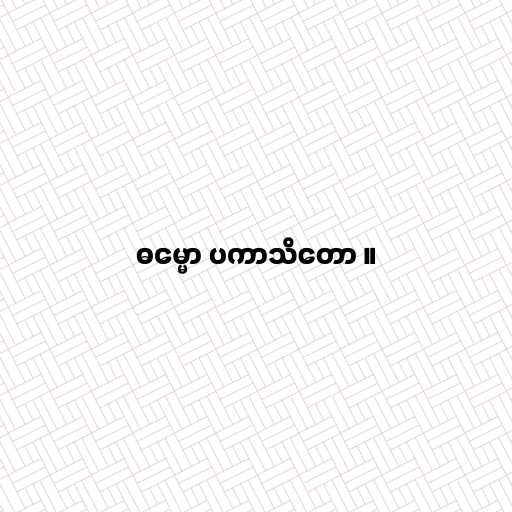
ဓမ္မော ပကာသိတော ။